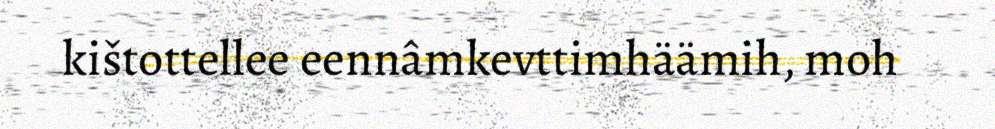
kištottellee eennâmkevttimhäämih, moh